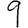
Digit: 9